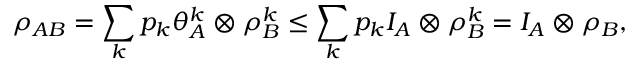
\rho _ { A B } = \sum _ { k } p _ { k } \theta _ { A } ^ { k } \otimes \rho _ { B } ^ { k } \leq \sum _ { k } p _ { k } I _ { A } \otimes \rho _ { B } ^ { k } = I _ { A } \otimes \rho _ { B } ,